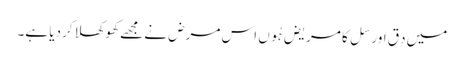
میں دِق اور سِل کا مریض ہُوں اس مرض نے مجھے کھوکھلا کردیا ہے۔